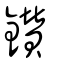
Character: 鑽